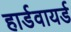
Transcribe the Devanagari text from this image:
हार्डवायर्ड